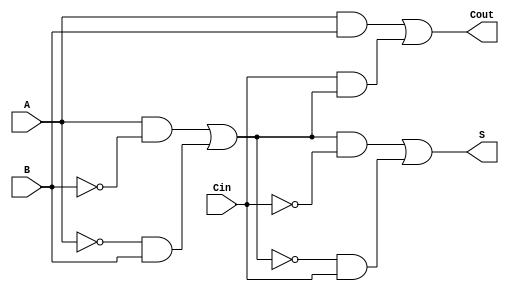
module TransmissionGateFullAdder (
    input wire A,     // First binary input
    input wire B,     // Second binary input
    input wire Cin,   // Carry input
    output wire S,    // Sum output
    output wire Cout   // Carry output
);

// Internal wires for intermediate signals
wire A_XOR_B;      // Intermediate XOR result of A and B
wire A_XOR_B_Cin;  // Intermediate XOR result of (A XOR B) and Cin
wire AB;           // AND result of A and B
wire Cin_A_XOR_B; // AND result of Cin and (A XOR B)

// Transmission Gate for A XOR B
assign A_XOR_B = (A & ~B) | (~A & B);

// Transmission Gate for S = A XOR B XOR Cin
assign A_XOR_B_Cin = (A_XOR_B & ~Cin) | (~A_XOR_B & Cin);

// Transmission Gate for Cout = (A AND B) OR (Cin AND (A XOR B))
assign AB = A & B;
assign Cin_A_XOR_B = Cin & A_XOR_B;
assign Cout = AB | Cin_A_XOR_B;

// Final outputs
assign S = A_XOR_B_Cin;

endmodule